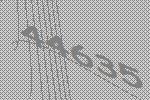
44635